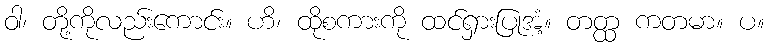
ဝါ၊ တို့ကိုလည်းကောင်း။ ဟိ၊ ထိုစကားကို ထင်ရှားပြုအံ့။ တတ္ထ ကတမာ။ ပ။